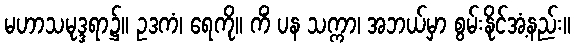
မဟာသမုဒ္ဒရာ၌။ ဥဒကံ၊ ရေကို။ ကိံ ပန သက္ကာ၊ အဘယ်မှာ စွမ်းနိုင်အံ့နည်း။